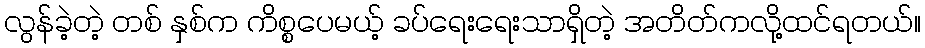
လွန်ခဲ့တဲ့ တစ် နှစ်က ကိစ္စပေမယ့် ခပ်ရေးရေးသာရှိတဲ့ အတိတ်ကလို့ထင်ရတယ်။